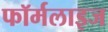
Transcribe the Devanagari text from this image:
फॉर्मलाइज